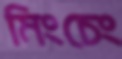
মিংচেং